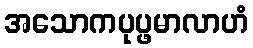
အသောကပုပ္ဖမာလာဟံ